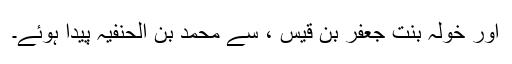
اور خولہ بنت جعفر بن قیس ، سے محمد بن الحنفیہ پیدا ہوئے۔